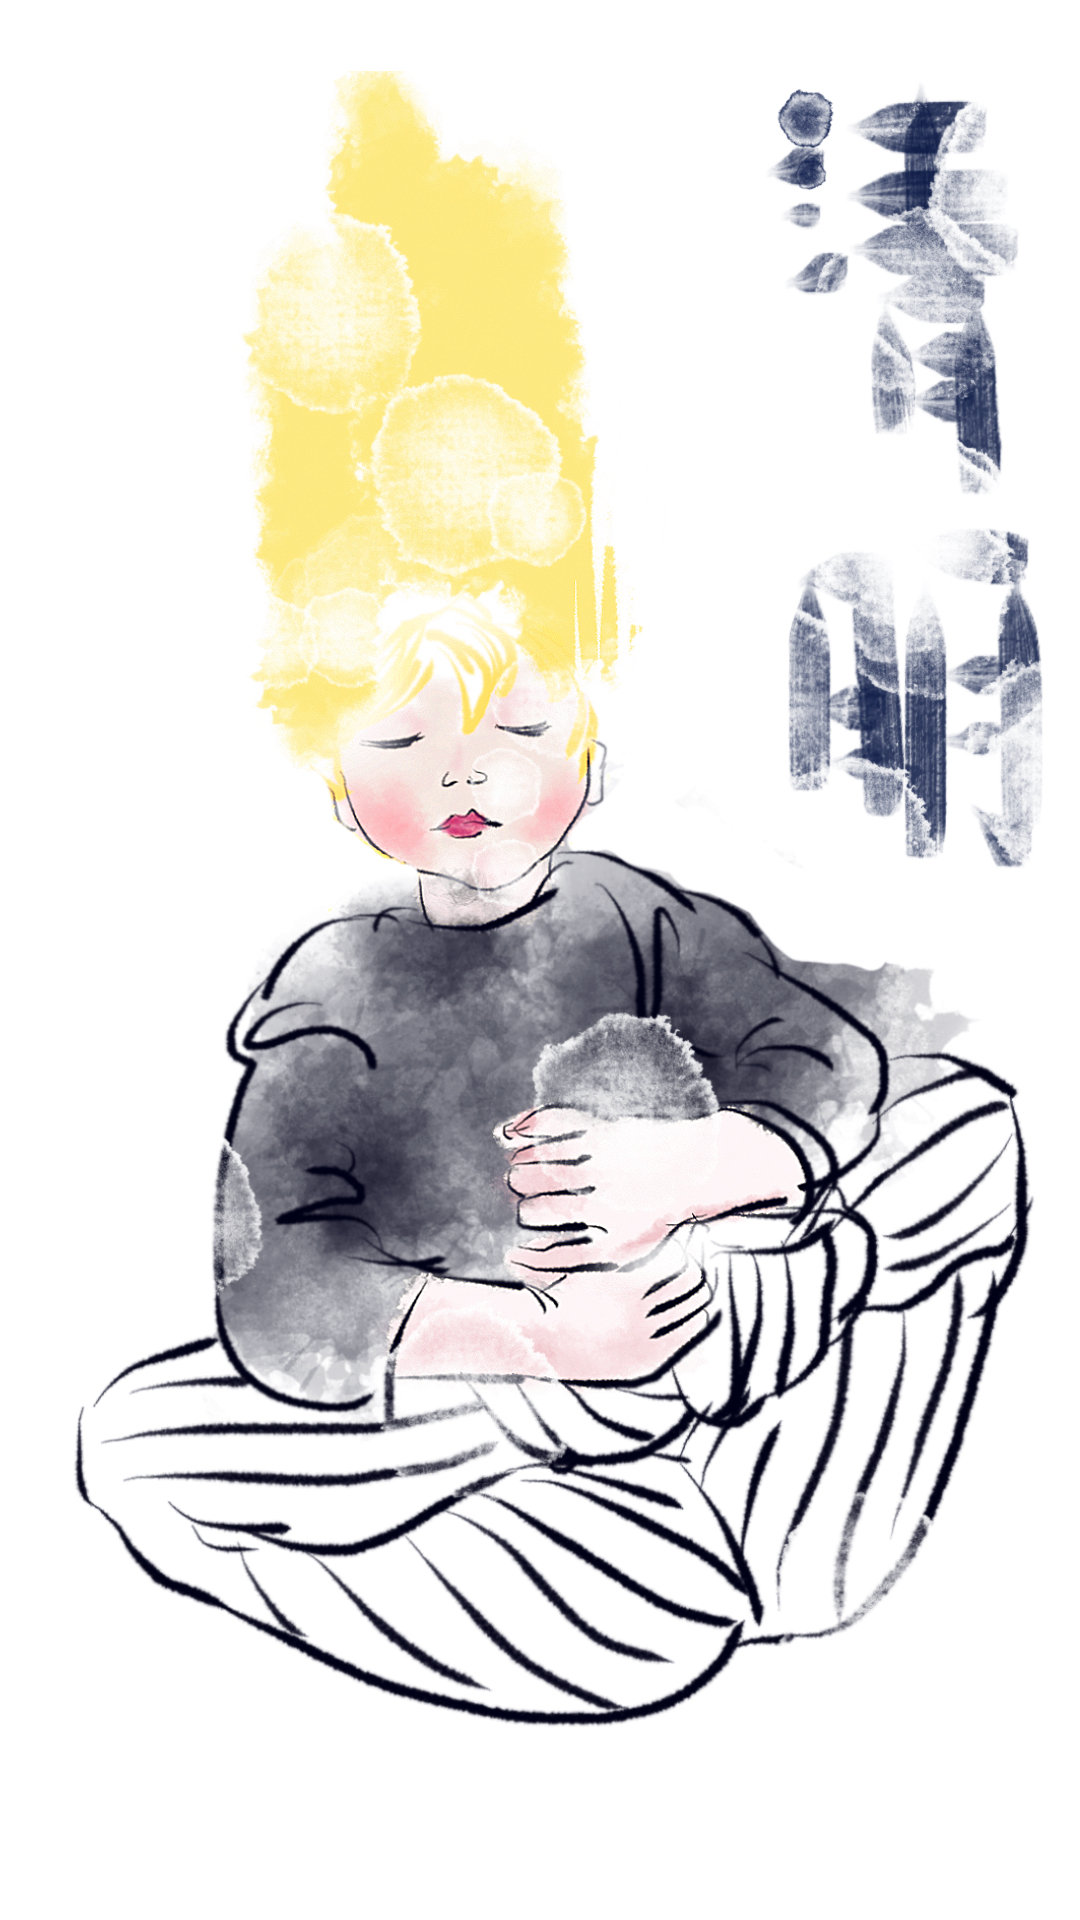
才过清明，渐觉伤春暮。